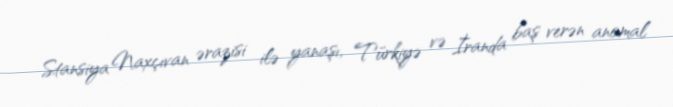
Stansiya Naxçıvan ərazisi ilə yanaşı, Türkiyə və İranda baş verən anomal